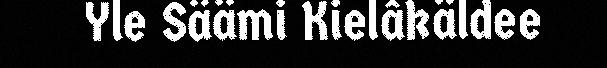
Yle Säämi Kielâkäldee